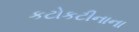
કટોકટીનાના